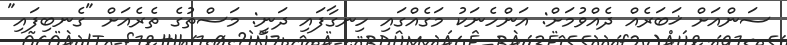
ސަންއަށް ޚަބަރެއް ދެއްވުމަށް: އަންހެނަކު މަގެއްގައި ހިނގާފައި ދަނީ: މަސްތުގެ ތެރެއަށް "ގެނބިފައި"